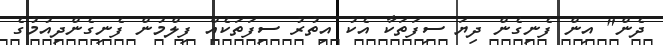
ދެން" އިން ފެނިގެން ދިޔަ ސިފަތަކާ އެކު އިތުރު ސިފަތަކެއް ފިލްމުން ފެނިގެންދިއުމުގެ